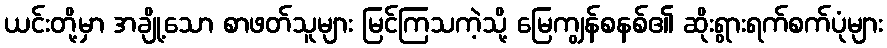
ယင်းတို့မှာ အချို့သော စာဖတ်သူများ မြင်ကြသကဲ့သို့ မြေကျွန်စနစ်၏ ဆိုးရွားရက်စက်ပုံများ